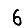
Digit: 6